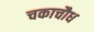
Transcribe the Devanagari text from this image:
चकाचौध